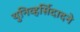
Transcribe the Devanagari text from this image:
युनिव्हर्सिदादने